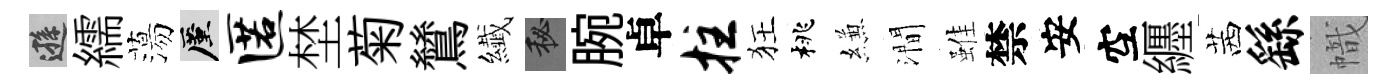
遜繻蕩厪匿埜菊鷥纎秘腕卓拄狂桃縑澗雖禁安空纒茜繇幟